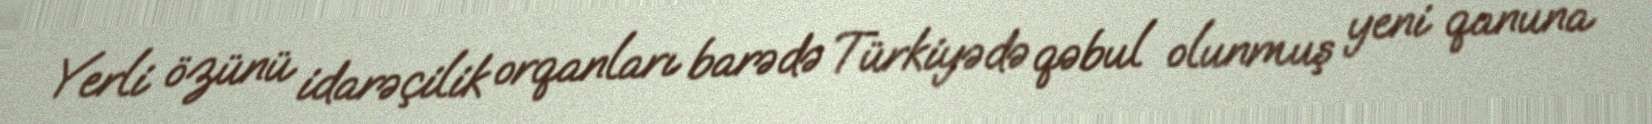
Yerli özünü idarəçilik orqanları barədə Türkiyədə qəbul olunmuş yeni qanuna